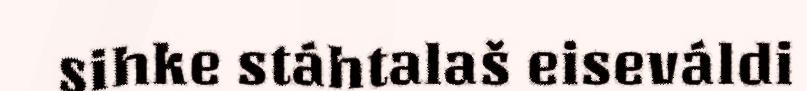
sihke stáhtalaš eiseváldi